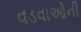
વડવાઓની